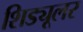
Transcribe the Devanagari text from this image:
शिड्यूलर